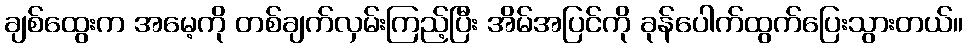
ချစ်ထွေးက အမေ့ကို တစ်ချက်လှမ်းကြည့်ပြီး အိမ်အပြင်ကို ခုန်ပေါက်ထွက်ပြေးသွားတယ်။